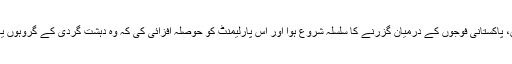
عسکریت پسندوں کے حملے کے نتیجے میں، پاکستانی فوجوں کے درمیان گزرنے کا سلسلہ شروع ہوا اور اس پارلیمنٹ کو حوصلہ افزائی کی کہ وہ دہشت گردی کے گروہوں یا مذہب کے نام پر تشدد کی تنظیمیں ڈھونڈیں۔